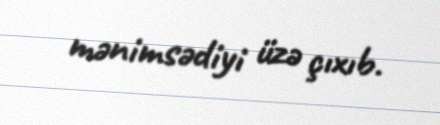
mənimsədiyi üzə çıxıb.